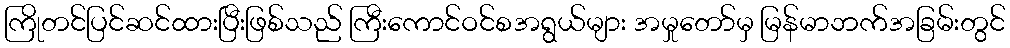
ကြိုတင်ပြင်ဆင်ထားပြီးဖြစ်သည် ကြီးကောင်ဝင်စအရွယ်များ အမှုတော်မှ မြန်မာဘက်အခြမ်းတွင်